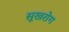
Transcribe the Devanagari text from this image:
सूखरोग